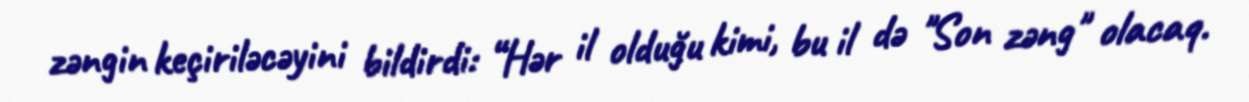
zəngin keçiriləcəyini bildirdi: “Hər il olduğu kimi, bu il də "Son zəng" olacaq.